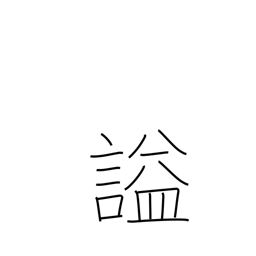
Meaning: laughing